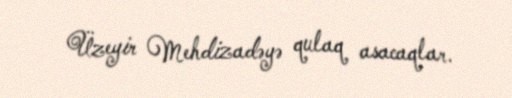
Üzeyir Mehdizadəyə qulaq asacaqlar.